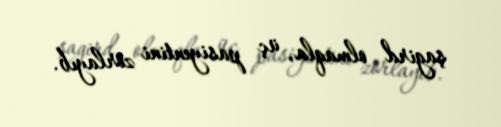
şagird olmaqla, üç pasiyentini zorlayıb.